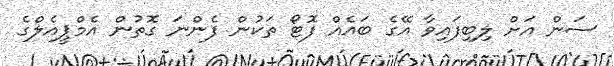
ސަން އަށް ލިބިފައިވާ އޭގެ ބައެއް ފޮޓޯ ތަކުން ފެންނަ ގޮތުން އެމްޕީއެލްގެ